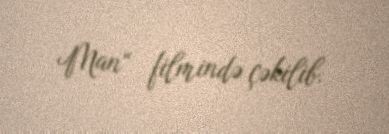
Man“ filmində çəkilib.